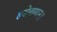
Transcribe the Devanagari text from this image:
हयोत्तमान्।